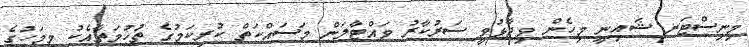
މިނިސްޓަރ ޝައިނީ މިހެން ވިދާޅުވީ ސަރުކާރު ވައްޓާލަން މަސައްކަތް ކުރިކަމުގެ ތުހުމަތާއެކު މިމަހުގެ